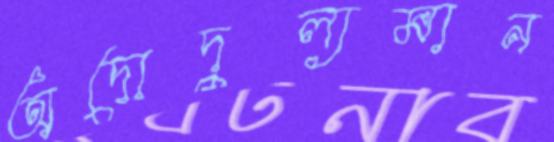
অদোদুল্যমান